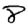
Digit: 8